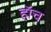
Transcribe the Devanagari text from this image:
हाॅच